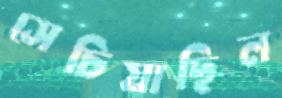
সেচিয়াছিল